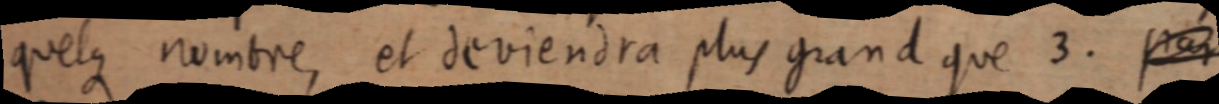
quelque nombre, et deviendra plus grand que 3. [par]